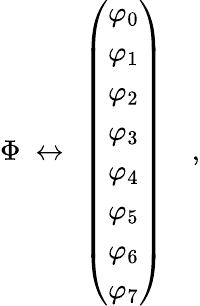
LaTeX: \Phi~\leftrightarrow~\left(\begin{array}{c}{{\varphi_{0}}}\\ {{\varphi_{1}}}\\ {{\varphi_{2}}}\\ {{\varphi_{3}}}\\ {{\varphi_{4}}}\\ {{\varphi_{5}}}\\ {{\varphi_{6}}}\\ {{\varphi_{7}}}\end{array}\right)\quad,